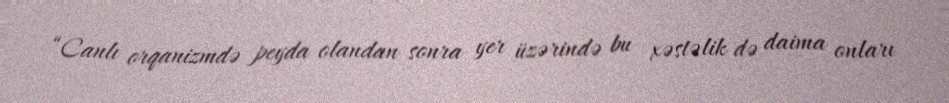
“Canlı orqanizmdə peyda olandan sonra yer üzərində bu xəstəlik də daima onları